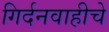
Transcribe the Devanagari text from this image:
गिर्दनवाहीचे